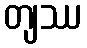
တျဿ